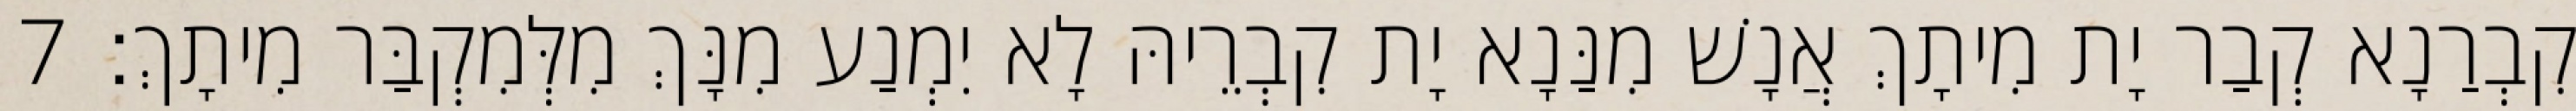
קִבְרַנָא קְבַר יָת מִיתָךְ אֲנָשׁ מִנַּנָא יָת קִבְרֵיהּ לָא יִמְנַע מִנָּךְ מִלְּמִקְבַּר מִיתָךְ׃ 7